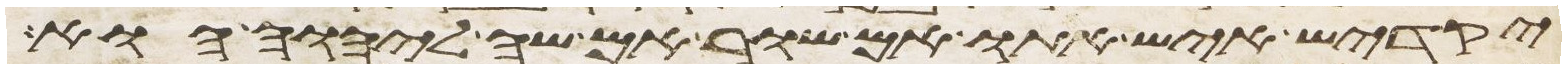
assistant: יקדיש איש אתו אם שור אם שה ליהוה הוא